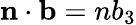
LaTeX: \mathbf{n\cdot b}=nb_{3}